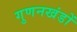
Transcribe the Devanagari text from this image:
गुणनखंडों